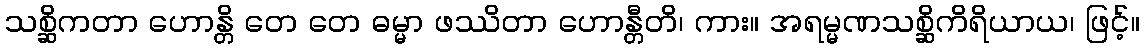
သစ္ဆိကတာ ဟောန္တိ တေ တေ ဓမ္မာ ဖဿိတာ ဟောန္တီတိ၊ ကား။ အရမ္မဏသစ္ဆိကိရိယာယ၊ ဖြင့်။